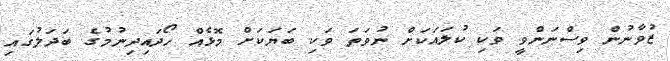
ޒުވާނުން ވިސްނަންވީ ވަކި ކުލައަކަށް ނުވަތަ ވަކި ބަޔަކަށް މޮޅެއް ހޯދައިދިނުމުގެ ބަދަލުގައި